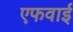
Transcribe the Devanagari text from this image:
एफवाई